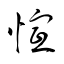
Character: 愃